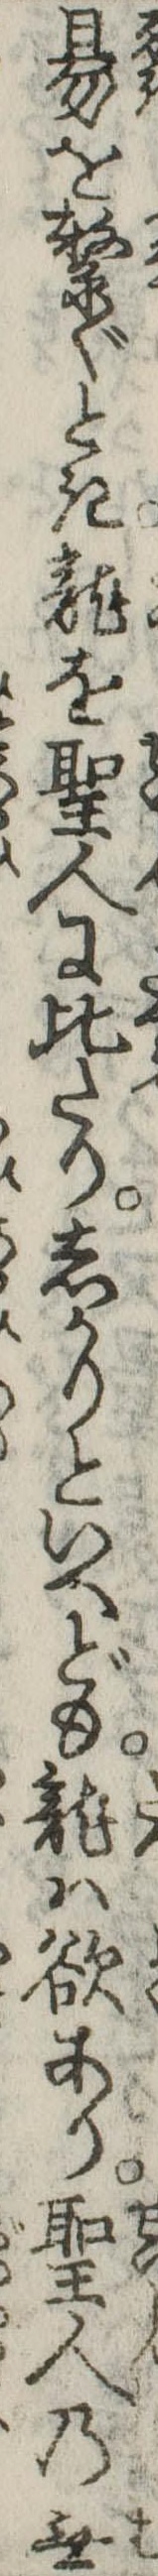
易を繋ぐとき竜を聖人に比たりしかりといへども竜は欲あり聖人の無